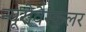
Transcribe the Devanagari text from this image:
न्यूरोवैस्कुलर